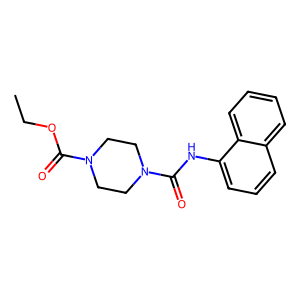
SMILES: CCOC(=O)N1CCN(C(=O)Nc2cccc3ccccc23)CC1
Inhibits HIV replication: No